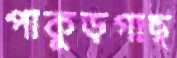
পাকুড়গাছ